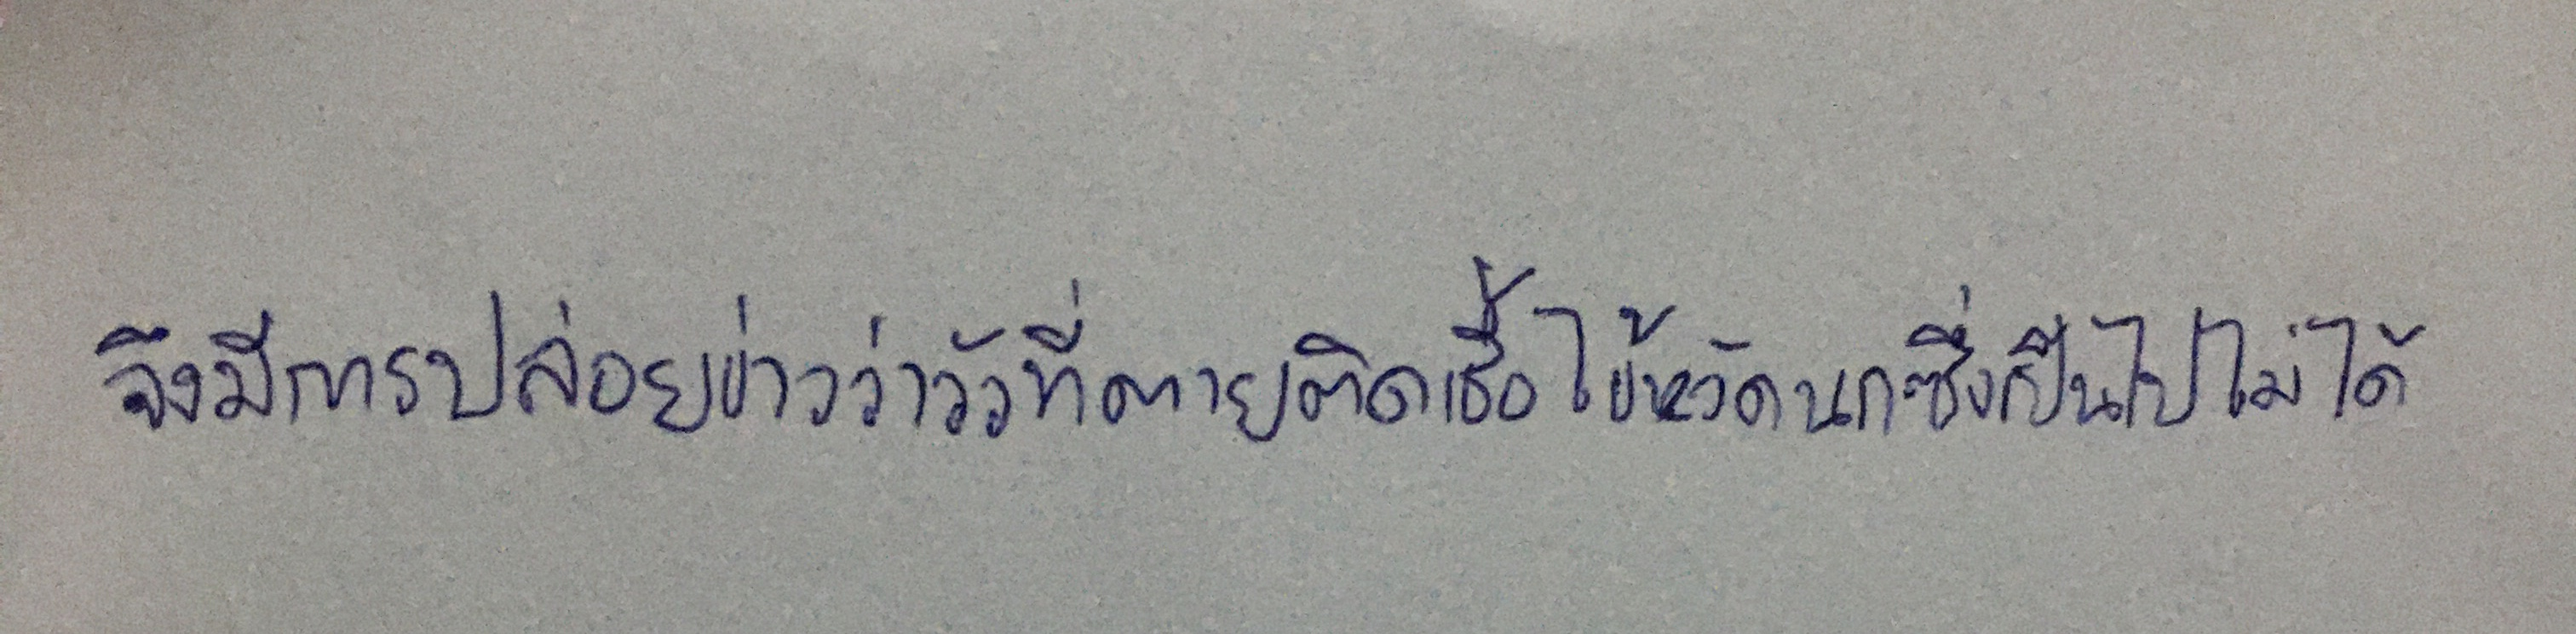
จึงมีการปล่อยข่าวว่าวัวที่ตายติดเชื้อไข้หวัดนกซึ่งเป็นไปไม่ได้